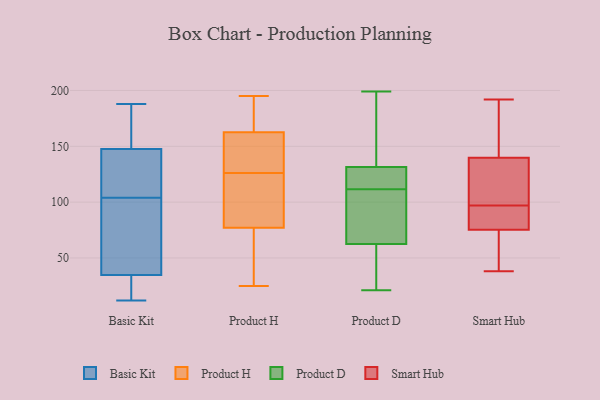
{"axis": {"x": "Temperature (°C)", "y": "Value"}, "legend": ["Basic Kit", "Product D", "Product H", "Smart Hub"], "data": [{"x": "", "y": 104, "type": "Basic Kit"}, {"x": "", "y": 132, "type": "Basic Kit"}, {"x": "", "y": 92, "type": "Basic Kit"}, {"x": "", "y": 126, "type": "Basic Kit"}, {"x": "", "y": 12, "type": "Basic Kit"}, {"x": "", "y": 150, "type": "Basic Kit"}, {"x": "", "y": 140, "type": "Basic Kit"}, {"x": "", "y": 152, "type": "Basic Kit"}, {"x": "", "y": 43, "type": "Basic Kit"}, {"x": "", "y": 32, "type": "Basic Kit"}, {"x": "", "y": 31, "type": "Basic Kit"}, {"x": "", "y": 43, "type": "Basic Kit"}, {"x": "", "y": 188, "type": "Basic Kit"}, {"x": "", "y": 178, "type": "Basic Kit"}, {"x": "", "y": 17, "type": "Basic Kit"}, {"x": "", "y": 195, "type": "Product H"}, {"x": "", "y": 83, "type": "Product H"}, {"x": "", "y": 65, "type": "Product H"}, {"x": "", "y": 175, "type": "Product H"}, {"x": "", "y": 172, "type": "Product H"}, {"x": "", "y": 91, "type": "Product H"}, {"x": "", "y": 128, "type": "Product H"}, {"x": "", "y": 126, "type": "Product H"}, {"x": "", "y": 134, "type": "Product H"}, {"x": "", "y": 75, "type": "Product H"}, {"x": "", "y": 25, "type": "Product H"}, {"x": "", "y": 34, "type": "Product D"}, {"x": "", "y": 21, "type": "Product D"}, {"x": "", "y": 124, "type": "Product D"}, {"x": "", "y": 71, "type": "Product D"}, {"x": "", "y": 117, "type": "Product D"}, {"x": "", "y": 54, "type": "Product D"}, {"x": "", "y": 107, "type": "Product D"}, {"x": "", "y": 199, "type": "Product D"}, {"x": "", "y": 139, "type": "Product D"}, {"x": "", "y": 116, "type": "Product D"}, {"x": "", "y": 100, "type": "Product D"}, {"x": "", "y": 156, "type": "Product D"}, {"x": "", "y": 93, "type": "Smart Hub"}, {"x": "", "y": 38, "type": "Smart Hub"}, {"x": "", "y": 192, "type": "Smart Hub"}, {"x": "", "y": 176, "type": "Smart Hub"}, {"x": "", "y": 81, "type": "Smart Hub"}, {"x": "", "y": 98, "type": "Smart Hub"}, {"x": "", "y": 175, "type": "Smart Hub"}, {"x": "", "y": 77, "type": "Smart Hub"}, {"x": "", "y": 128, "type": "Smart Hub"}, {"x": "", "y": 97, "type": "Smart Hub"}, {"x": "", "y": 47, "type": "Smart Hub"}, {"x": "", "y": 121, "type": "Smart Hub"}, {"x": "", "y": 70, "type": "Smart Hub"}]}